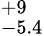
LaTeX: ^{+9}_{-5.4}